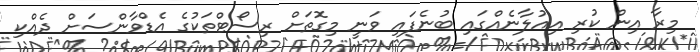
މިރާ އިން ކުރި އިއުލާނެއްގައި ބުނެފައި ވަނީ މިގޮތަށް ރިސޯޓްތަކުގެ އެޑްވާންސަށް ދެއްކި